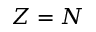
Z = N